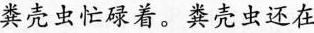
粪壳虫忙碌着。粪壳虫还在